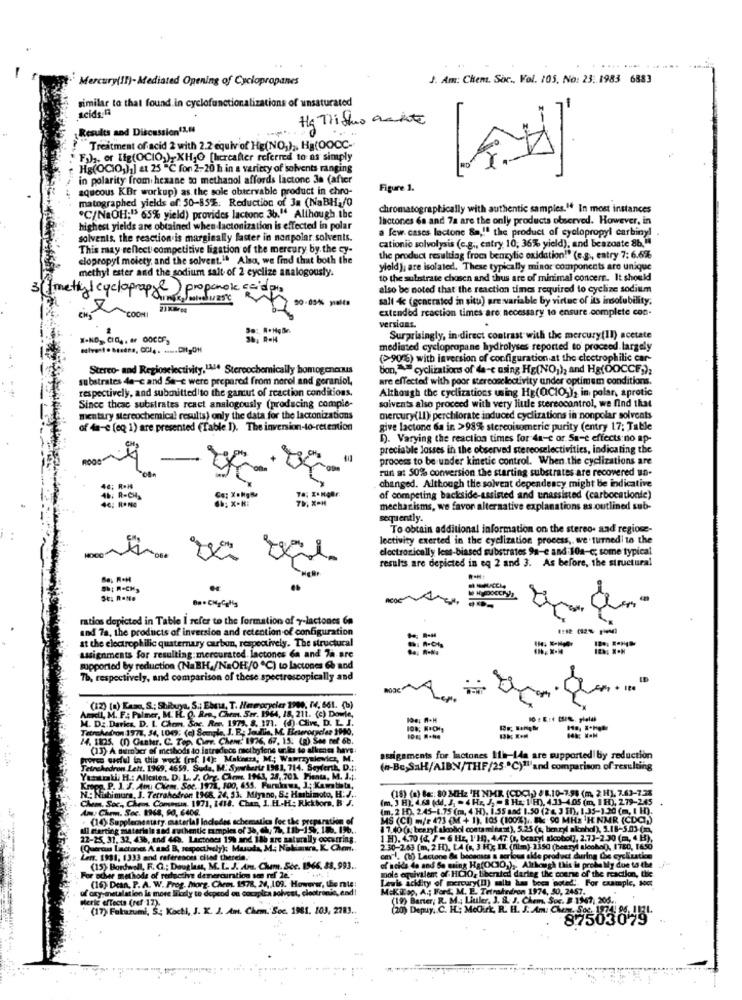
....
Mercury(II)-Mediated Opening of Cyclopropanes
J. Am: Chem. Soc ., Vol. 105, No: 23. 1983 6883
similar to that found in cyclofunctionalizations of unsaturated
acids:13
Hg Trisho acute
Results and Discussion11.
Treatment of acid 2 with 2.2 equiv of HE(NO,) ,, Ha(OOCC-
F). or Ifg(OCIO2) XH,O [hereafter referred to as simply
Hg(OCIO,)1] at 25 "℃ for 2-20 h in a variety of solvents ranging
in polarity from hexane to methanol affords lactone 3a (after
aqueous KBr workup) as the sole obtervable product in chro-
Figure 1.
matographed yields of: 50-85%. Reduction of 3a (NaBH,/0
chromatographically with authentic samples." In most instances
C/NaOH;"> 65% yield) provides lactone 36." Although the
Ihctones 6a and 7a are the only products observed. However, in
highest yields are obtained when lactonization is effected in polar
a few cases lactone & ,! " the product of cyclopropyl carbiny!
solvents, the reaction is marginally faster in nonpolar solvents.
cationio solvolysis (c.g ., entry 10, 36% yield), and beazoste 8b."
This may reflect competitive ligation of the mercury by the Gy-
clopropyl moiety, and the solvent.I. Also, we find that both the
the product resulting from benzylic oxidation!" (e.g ., entry 7: 6.6%
methyl ester and the sodium salt of 2 cyclize analogously.
yield ), are isolated. These typically minor components are unique
to the substrate chosen and thus are of minimal concern. It should
thy l cycloprappe ) proponok cc'd
also be noted that the reaction times required to cyclize sodium
50-0546 yielta
salt 4 (gencrated in situ) are variable by virtue of its insolubility.
extended reaction times are necessary to ensure complete con-
COCHI
versions.
Surprisingly, in direct contrast with the mercury(Il) acetate
mediated cyclopropane hydrolyses reported to proceed largely
(>9008) with inversion of configuration at the electrophilic car-
Stereo- and Regioselectivity,LA. Stereochemically homogenous
bon,""cyclizations of da-c using Hg(NO)), and Hg(OOCCF;),
substrates 4a-c and Sa-e were prepared from norol and geraniol,
are effected with poor stereoselectivity under optimum conditions.
respectively, and submitted to the gamut of reaction conditions.
Although the cyclizations using Hg(OCIO;)2 in polar, aprotic
Since theac substrates react analogously (producing comple-
solvents also proceed with very liule stereocontrol, we find that
mentary stereochemical results) only the data for the lactonizations
mercury(LI) perchlorate induced cyclizations in nonpolar solvents
of 4a-e (eq 1) are presented (Table 1). The inversion-to-retention
give lactone 6a in >98% stereoisomerie purity (entry 17; Table
D. Varying the reaction times for 41-e or Sa-e effects:no ap-
preciable losses in the observed stereoselectivities, indicating the
process to be under kinetic control. When the cyclizations are
run at 50% conversion the starting substrates are recovered un-
46; R.H
changed. Although the solvent dependency might be indicative
46; R-CH_
..; X-Ki
of competing backside-assisted and unassisted (carbocationte)
46; RONG
mechanisms, we favor alternative explanations as outlined sub-
sequently.
To obtain additional information on the stereo- aad regione-
Jectivity exerted in the eyelization process, we'turnedi to the
electronically less-biased substrates 9a-e and:10a-c; some typical
results are depicted in eq 2 and 3. As before, the structural
Ba . CH Calls
ratios depicted in Table I refer to the formation of y-lactones 6a
and 7a, the products of inversion and retention of configuration
at the electrophilic quaternary carbun, respectively. The structural
assignments for resulting mercurated. lactones Ga and 7a are
- --
supported by reduction (NaBH./NaOH/0℃) to lactones 6b and
Tb, respectively, and comparison of these spectroscopically and
(12) (n) Kaze, S .; Shibuya, S .; Ebru, T. Hareroryeler 1990, 74, 661. (b)
M. DE. Darica, D. L. Chem. Soc. R.r. 1973. 8. 171. (4) Clive, D. L. J.
midi, M. F: Palmer, M. H. Q. R.o ., Chem. Ser. 1964, 18, 211. (c) Dowie,
Tetrahedron 1778, 34, 1047; (a) Seengle, I. E .; Joullia, M. Eeurocycles 190.
14. 1105. (0) Gunter. C. Top. Curr. Chem. 1976, 67. 15. (a) Ste ref 68.
(13) A number of methods to istreduce nacibytone ur its to alkenes have
propres cocfel in this wock [ref. 14): Makines, M .; Wawrzyniewicz, M.
assignments for lactones 11h-14a are supported by reduction
Tetrahedron Lett. 1969, 4659. Suda, M. Syrherte 1981, 714. Seyfertk, D .::
(n-Be,SaH/AIBN/THF/25.ºC)"""and comparison of resulting
Yantrali H .: Allesten. D. L. J. Org. Chem. 1963, 28. 701 Fienta, M. J .;.
Kropa. P. J. J. Ami Chem. Soc. 1971, 500, 655. Furukawa, J .; Kambiata,
N .: Nishimura, J. Terrahedron 1968, 24, 53. Miyano, S .: Hashimoto, H:J.
(18) (a) Be: 80 MHZ 'H NMR (CDC))) 0 8.10-7.98 (m. 2 H), 7.63-7.33
Chem. Soc ., Chem. Commun. 1971, 1418. Chan, 1. EL.H. Rickborn, B. J.
(m, 3 H), 4,63 (dd, J, - 4 Hz, J2 8 Hz; 1 H), 4.33-4.05 (m, 1 H), 2.79-245
Am: Chem. Soc. 1968, 90, 6406.
(m, 2 H), 2.45-8.75 (m, 4 H), 1,55 and 1.50 (2 4, 3 3), 1,35-1.30 (m, I H).
· (14) Supplementary material Incledes schemastica for the preparation of
MS (CD) m/F 473 (M + 1), 105 (100%) ,. B.90 MHZ 'H NMR (CDC)))
all starting materials and authenti Eamples of 36, Ch, 7, 11b-15, 18. 196 ..
11.40(), bearyt akohol contaminant), 5.25 (s, benzyl akmhdl), 5.18-5.03-(m.
22-25, 31, 32, 436, and 64%. Lactones 19% and. 186 are naturally occurring
1 H). 470 (d. / -6 Hz, l'H), 447 (1, bearyi aicobol], 2.73-2.30 (m, 4 H),
(Quetran Lactones Asnd B, respectively): Muuda, M .; Niklaus, K. Chem.
2 30-2.63 [m, 2 H). LA (s, 3 Hk II.' (film): 1350 (bearyl alcohol), I780, 1650
Lens. 1981, 1333 and references cived therela.
om !. (1) Lactone Az becenses a serious alde product during the cyclization
(15) Bordwell, F. G .; Douglass, M. L. J. An. Chum. She
66.88,993.
of acids de and Se maing Ha((CIO ) ,, Although ti
mole equivalent of HCIO, liberated darleg the course of the reaction, the
For scher methods of restuctive demercuration sce ref le .*
(16): Dean, P. A. W. Frog. Morg. Chem. 1578, 24, 109. However, the nie:
Lewis acidity of mercury(!) mail has been noted !. For example, soc
ul ary- metalation is more likely to depend on cocaplca solvest, clostronic, end
MiKillap, A .; Fart. M. E. Tetrahedron 1974, 50, 2457.
steric effects (ref 17).
(19) Banter, R. M .; Liuler, J. S. J. Chem. Soc. B 1967, 205.
(17) Fukazumi, S. Kochi, J. K. J. Ant. Chem. Soc. 1981. 103, 2783.
(20) Depuy. C. H. Mocurk R. H. J. Am: Cham. Soc. 1974 85.1
87503098